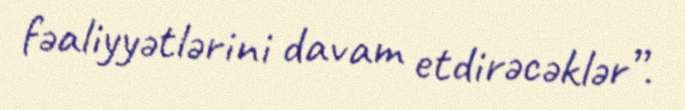
fəaliyyətlərini davam etdirəcəklər”.